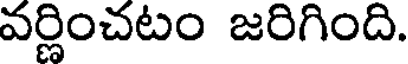
వర్ణించటం జరిగింది.